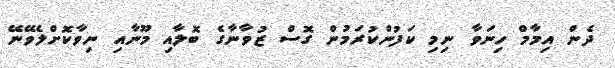
ދެން އިމާމް ހިނަވާ ނިމި ކަފުންކުރަމުން ގޮސް ޒުވާނާގެ ބޮލާއި މޫނާއި ނިވާކޮށްލެވޭނޭ